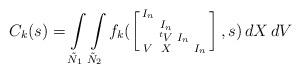
LaTeX: \begin{align*} C_k(s)=\int\limits_{\tilde N_1}\int\limits_{\tilde N_2}f_k(\left[\begin{smallmatrix}I_n\\&I_n\\&^tV&I_n\\V&X&&I_n\end{smallmatrix}\right],s)\,dX\,dV \end{align*}